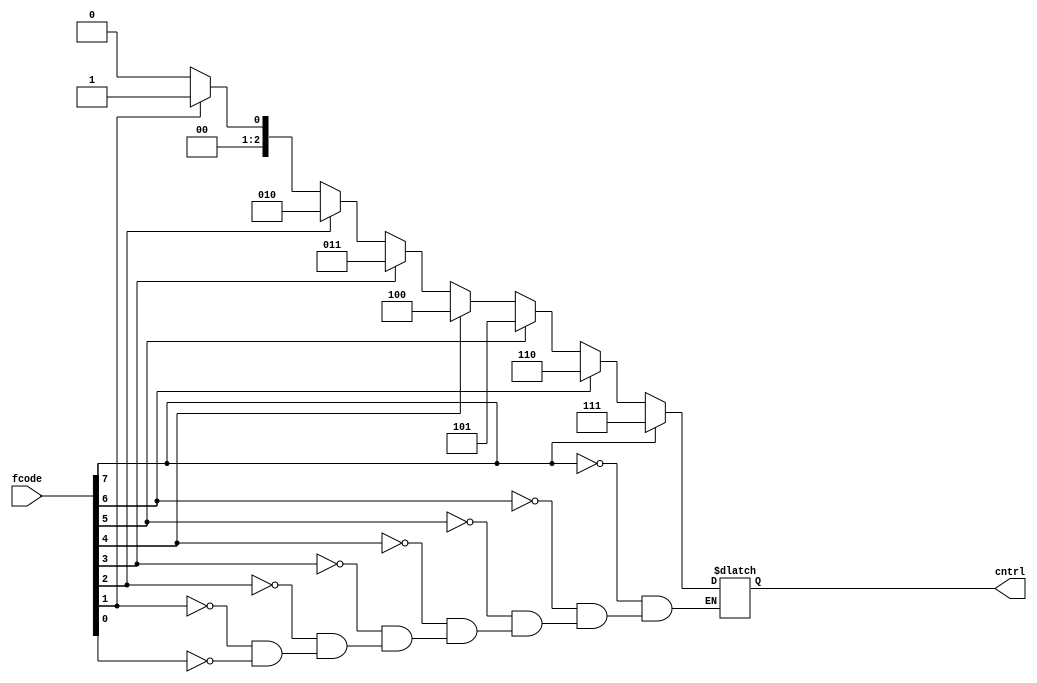
module encoder(fcode, cntrl);
    input [7:0] fcode;
    output [2:0] cntrl;
    reg [2:0] cntrl;
    integer i;
    always@(fcode) begin
      for(i=0; i<8; i=i+1) begin
        if(fcode[i]==1) cntrl = i;
      end
    end
endmodule